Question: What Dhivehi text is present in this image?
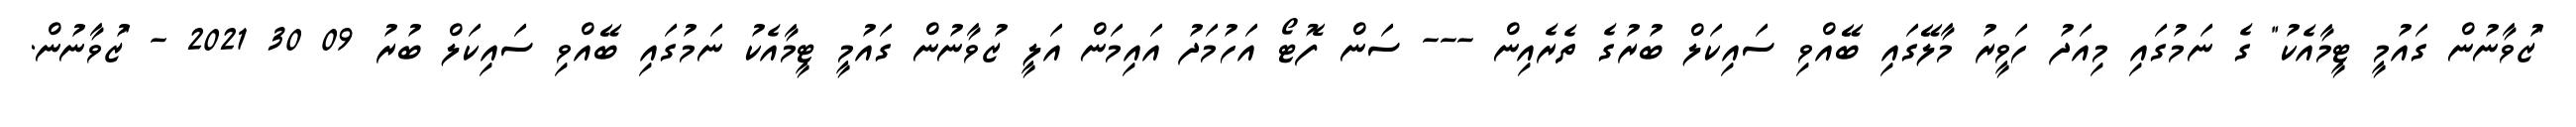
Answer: "ޒުވާނުން ގައުމީ ޓީމާއެކު" ގެ ނަމުގައި މިއަދު ހަވީރު މާލޭގައި ބޭއްވި ސައިކަލް ބުރުގެ ތެރެއިން --- ސަން ފޮޓޯ އަހުމަދު އައިމަން އަލީ ޒުވާނުން ގައުމީ ޓީމާއެކު ނަމުގައި ބޭއްވި ސައިކަލް ބުރު 09 30 2021 - "ޒުވާނުން.